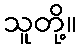
သူတို့။